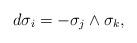
LaTeX: \begin{align*} d\sigma_i=-\sigma_j\wedge\sigma_k, \end{align*}